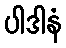
ပါဒါနံ